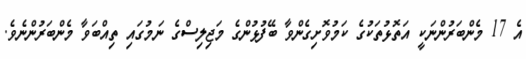
އެ 17 މެންބަރުންނަކީ އަތޮޅުތަކުގެ ކަމުވޮށިގެންވާ ބޭފުޅުންގެ މަޖިލިސްގެ ނަމުގައި ތިއްބަވާ މެންބަރުންނެވެ.